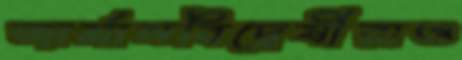
জার্মানবিদ্বেষীরাও